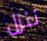
ننزل